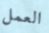
العمل